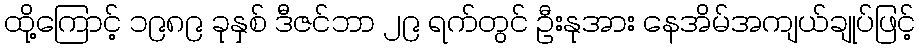
ထို့ကြောင့် ၁၉၈၉ ခုနှစ် ဒီဇင်ဘာ ၂၉ ရက်တွင် ဦးနုအား နေအိမ်အကျယ်ချုပ်ဖြင့်